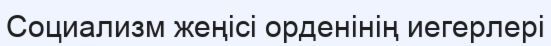
Социализм жеңісі орденінің иегерлері